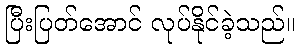
ပြီးပြတ်အောင် လုပ်နိုင်ခဲ့သည်။